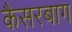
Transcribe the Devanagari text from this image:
कैसरबाग